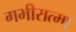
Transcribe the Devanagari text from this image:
गभीरात्मा